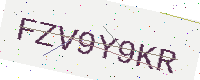
Text: FZV9Y9KR